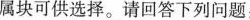
属块可供选择。请回答下列问题：